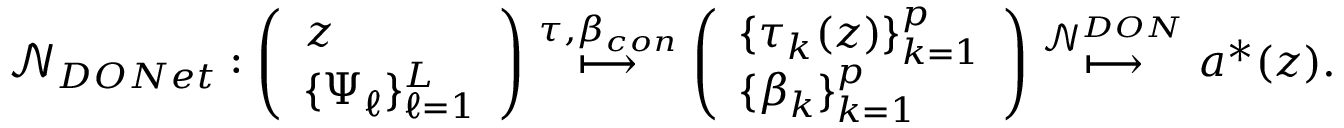
\begin{array} { r l } & { \mathcal { N } _ { D O N e t } : \left( \begin{array} { l } { z } \\ { \{ \Psi _ { \ell } \} _ { \ell = 1 } ^ { L } } \end{array} \right) \overset { \tau , \beta _ { c o n } } \longmapsto \left( \begin{array} { l } { \{ \tau _ { k } ( z ) \} _ { k = 1 } ^ { p } } \\ { \{ \beta _ { k } \} _ { k = 1 } ^ { p } } \end{array} \right) \overset { \mathcal { N } ^ { D O N } } \longmapsto a ^ { \ast } ( z ) . } \end{array}